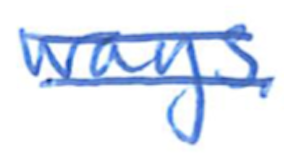
Text: ways.
Cross-out: double-line
Writing tool: ballpoint